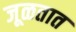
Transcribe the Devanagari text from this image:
जूळतात